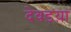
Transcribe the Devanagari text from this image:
देवडय़ा